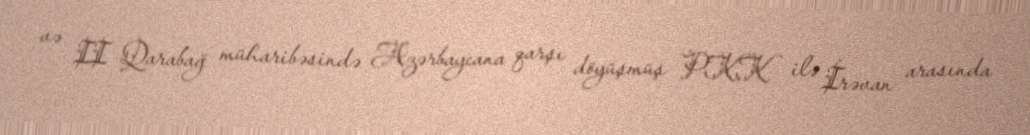
və II Qarabağ müharibəsində Azərbaycana qarşı döyüşmüş PKK ilə İrəvan arasında